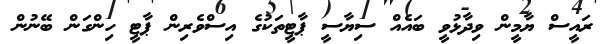
ރައީސް ޔާމީން ވިދާޅުވީ ބައެއް ސިޔާސީ ޕާޓީތަކުގެ އިސްވެރިން ޕާޓީ ހިންގަން ބޭނުން